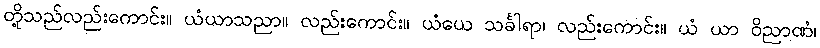
တို့သည်လည်းကောင်း။ ယံယာသညာ။ လည်းကောင်း။ ယံယေ သင်္ခါရာ၊ လည်းကောင်း။ ယံ ယာ ဝိညာဏံ၊